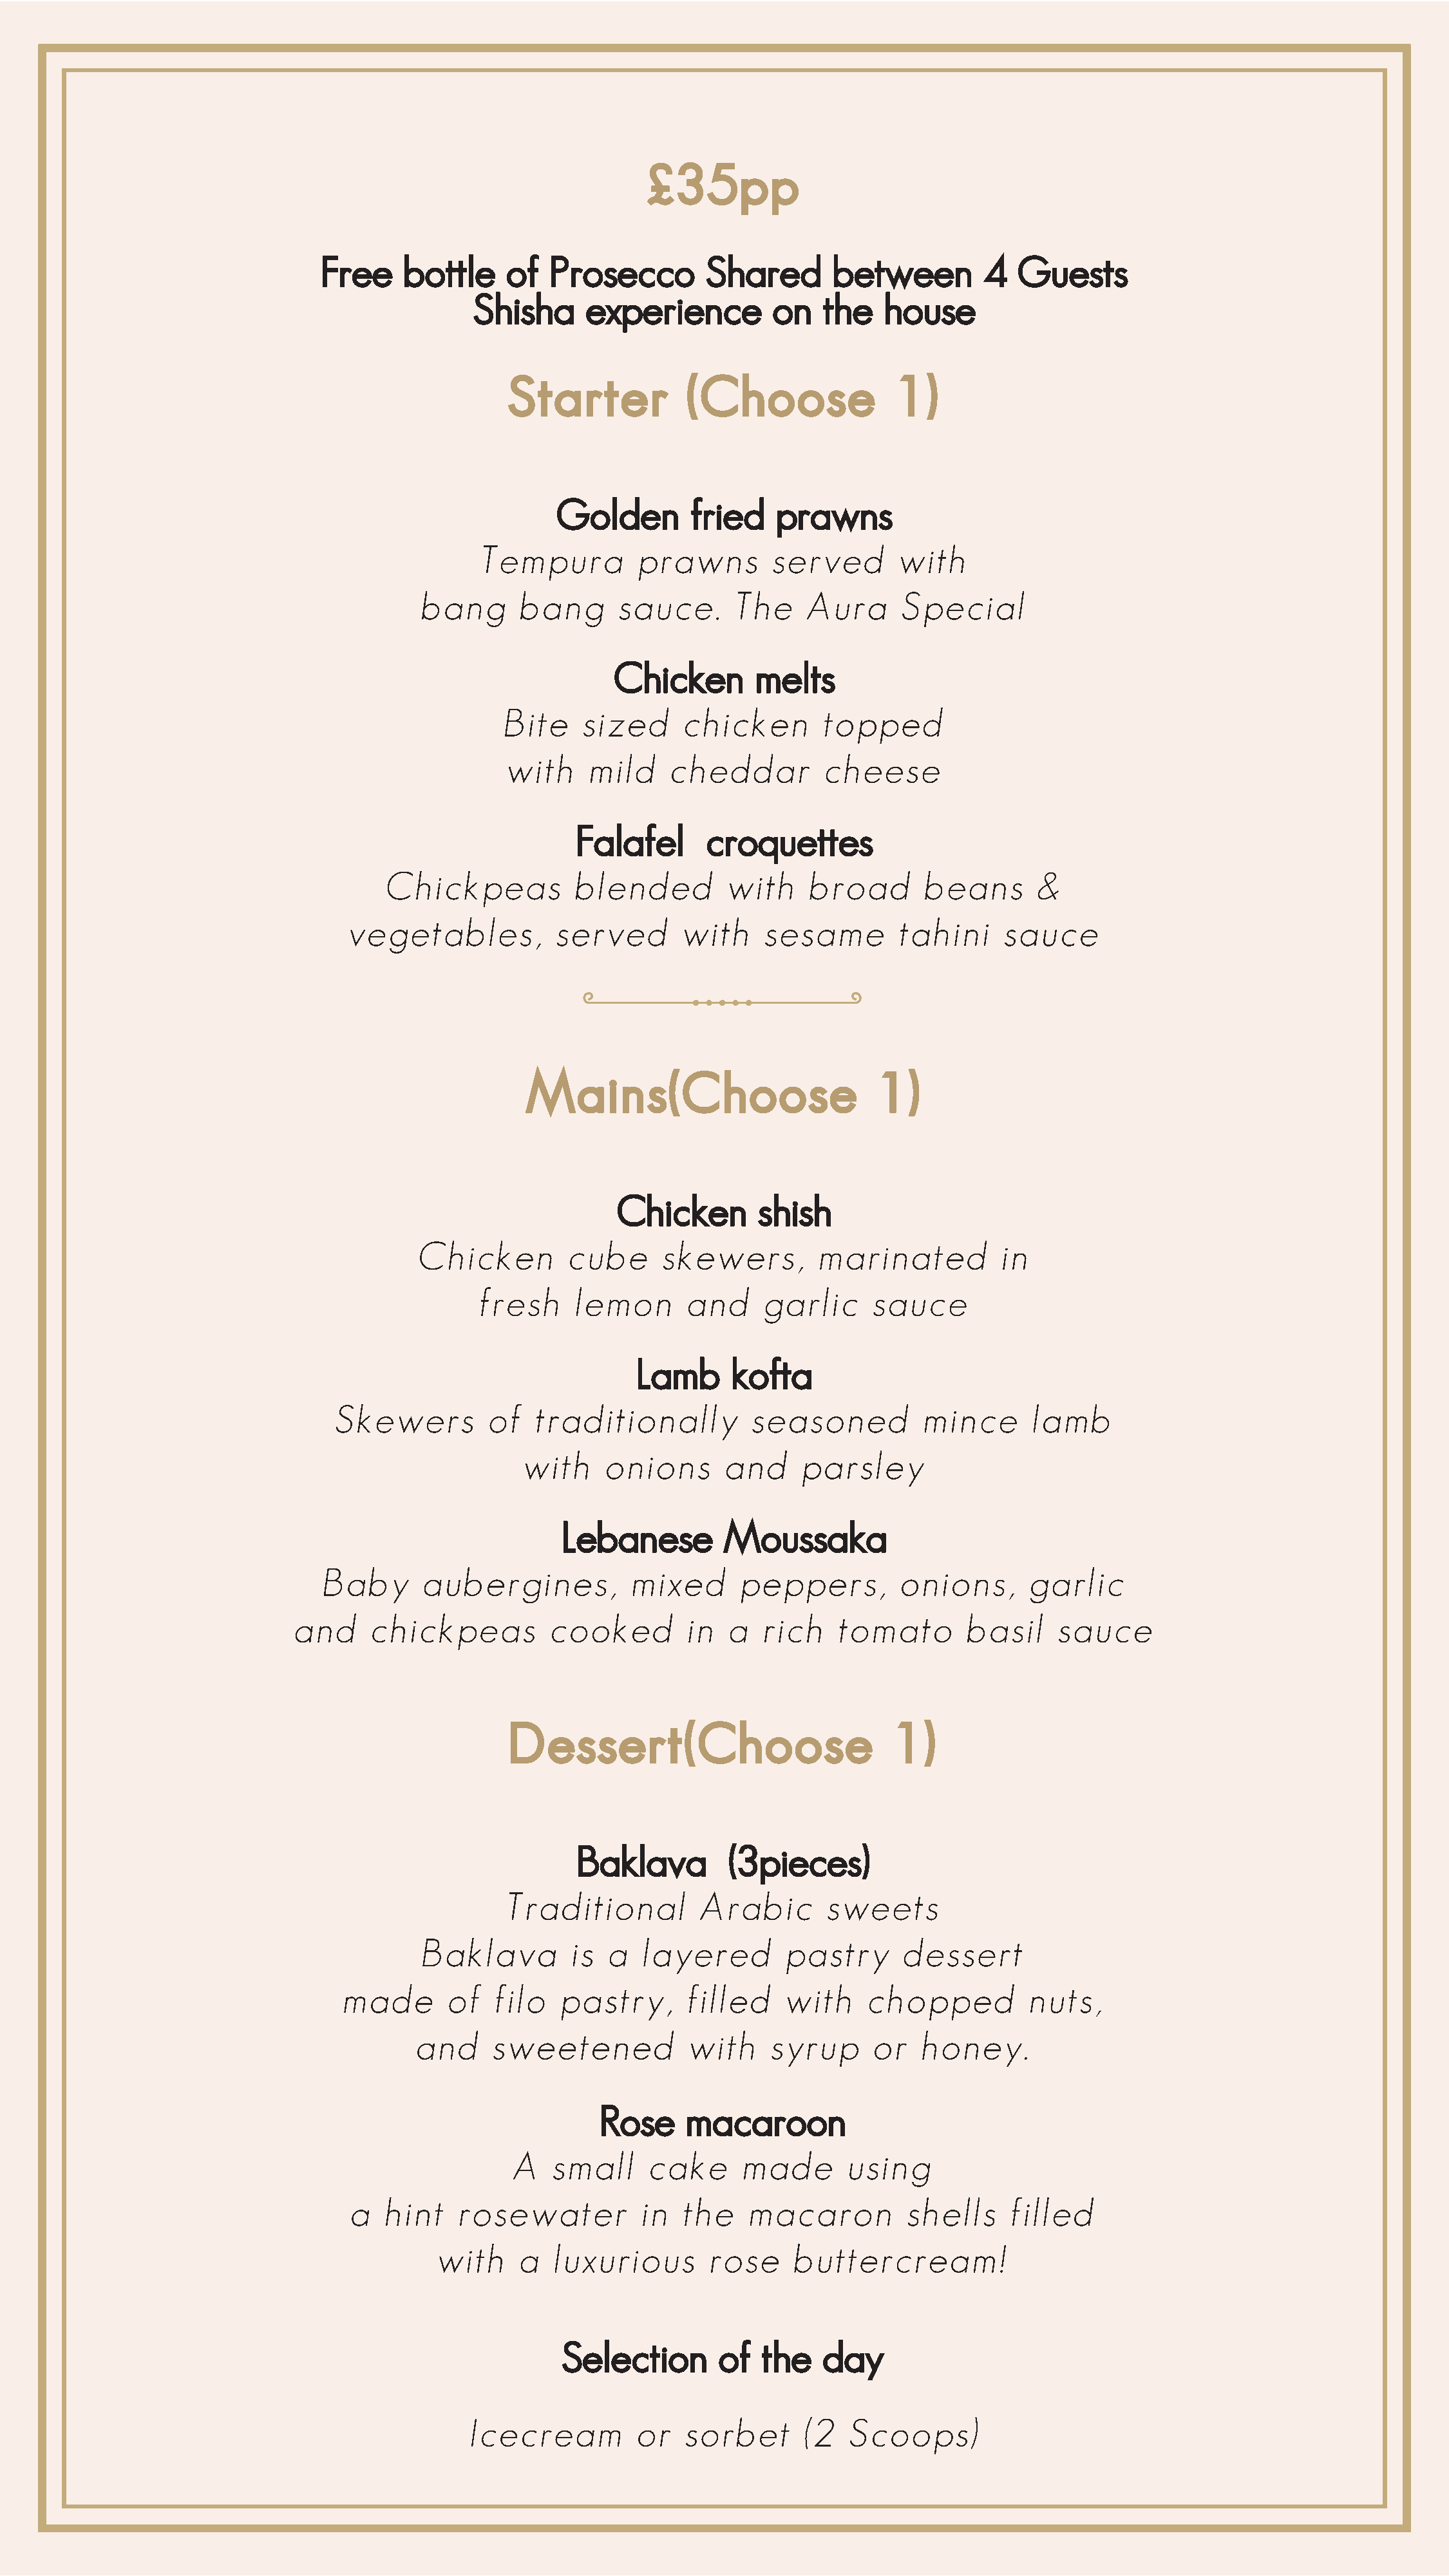
Free    bottle     of  Prosecco         Shared       between        4   Guests
 Shisha     experience         on    the   house
 Golden        fried    prawns
 Tempura          prawns       served       with
 bang      bang       sauce.     The     Aura      Special
 Chicken        melts
 Bite    sized     chicken        topped
 with     mild    cheddar         cheese
 Falafel       croquettes
 Chickpeas          blended         with    broad       beans       &
 vegetables,          served       with     sesame       tahini     sauce
 Chicken        shish
 Chicken        cube      skewers,        marinated          in
 fresh     lemon       and     garlic     sauce
 Lamb      kofta
 Skewers         of   traditionally         seasoned          mince      lamb
 with    onions       and    parsley
 Lebanese        Moussaka
 Baby      aubergines,           mixed      peppers,         onions,      garlic
 and     chickpeas          cooked        in  a  rich    tomato       basil     sauce
 Baklava         (3pieces)
 Traditional         Arabic       sweets
 Baklava         is  a  layered        pastry      dessert
 made       of   filo   pastry,      filled    with    chopped          nuts,
 and     sweetened           with    syrup      or   honey.
 Rose     macaroon
 A   small     cake     made       using
 a   hint   rosewater          in  the    macaron         shells     filled
 with    a   luxurious       rose     buttercream!
 Selection       of  the    day
 Icecream         or   sorbet       (2  Scoops)